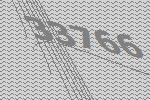
33766